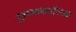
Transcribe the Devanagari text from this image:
गुरुत्वाकर्षात्मक